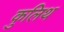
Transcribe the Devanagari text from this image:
कुलिथ